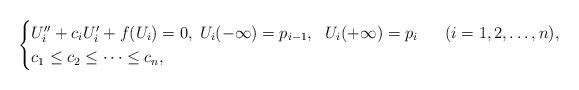
LaTeX: \begin{align*}\begin{cases} U_i''+c_i U_i'+f(U_i)=0,\; U_i(-\infty) = p_{i-1}, \ \ U_i(+\infty) = p_{i} \quad\ \ (i=1,2,\ldots,n),\\ c_1 \leq c_2 \leq \cdots \leq c_n,\end{cases}\end{align*}